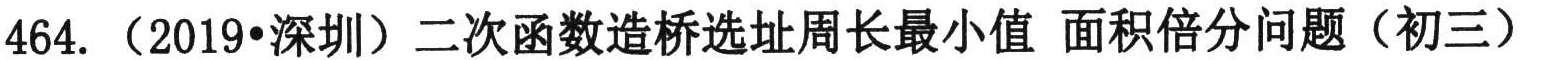
464. （2019•深圳）二次函数造桥选址周长最小值 面积倍分问题（初三）